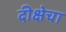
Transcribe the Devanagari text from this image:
दीक्षेचा